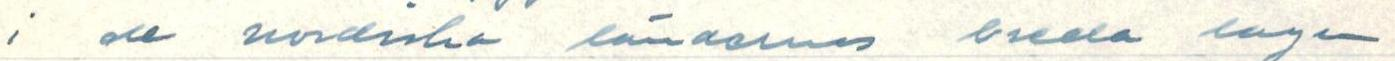
i de nordiska ländernas breda lagen